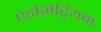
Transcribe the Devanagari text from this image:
एंडोमेट्रियम